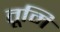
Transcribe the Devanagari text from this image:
तूमि